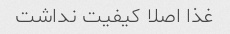
غذا اصلا کیفیت نداشت